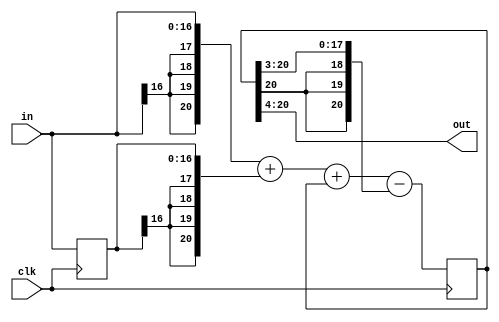
module LPF3(out,in,clk); 
input clk;
input signed [16:0] in;
output signed [16:0] out;
assign out=out16[20:4];
reg signed [20:0] out16;     				// out16 = 16*theta
reg signed [16:0] in_1;       				// in_1 = in(k-1)
wire signed [20:0] temp_sum;
assign temp_sum={{4{in[16]}},in}+{{4{in_1[16]}},in_1}+out16
                  -{{3{out16[20]}},out16[20:3]};
always @(posedge clk) begin
	 out16 <= temp_sum;
	 in_1 <= in;
end


endmodule